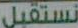
نستقبل